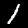
Digit: 1